Civil Veterinary Department Bihar & Orissa reports 1922-29 - 1922-1929
Year: 1922
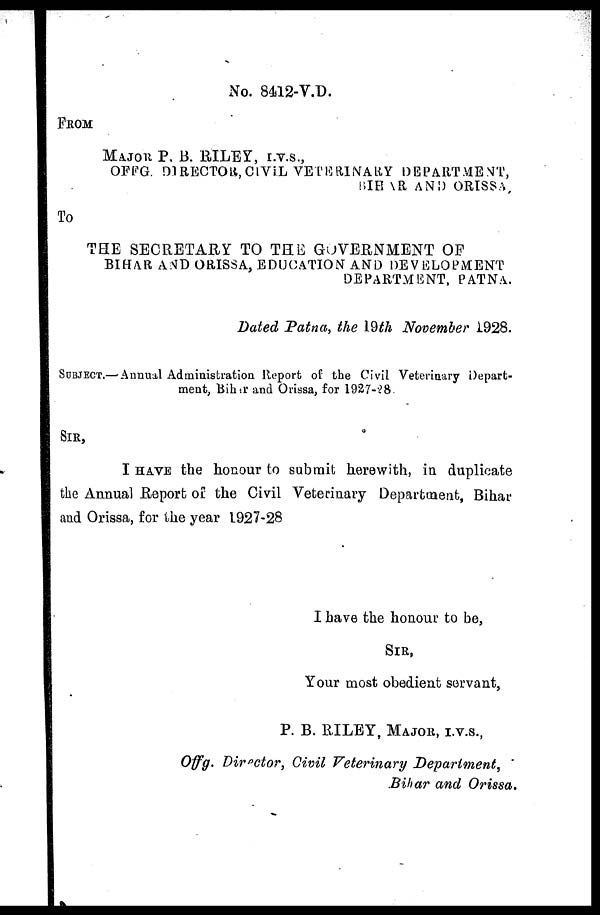
No. 8412-V.D.
FROM
MAJOR P. B. RILEY, I.V.S.,
OFFG. DIRECTOR, CIVIL VETERINARY DEPARTMENT,
BIHAR AND ORISSA
To
THE SECRETARY TO THE GOVERNMENT OF
BIHAR AND ORISSA, EDUCATION AND DEVELOPMENT
DEPARTMENT, PATNA.
Dated Patna, the 19th November 1928.
SUBJECT.—Annual Administration Report of the Civil Veterinary Depart-
ment, Bihar and Orissa, for 1927-28.
SIR,
I HAVE the honour to submit herewith, in duplicate
the Annual Report of the Civil Veterinary Department, Bihar
and Orissa, for the year 1927-28
I have the honour to be,
SIR,
Your most obedient servant,
P. B. RILEY, MAJOR, I.V.S.,
Offg. Director, Civil Veterinary
Department,
Bihar and Orissa.